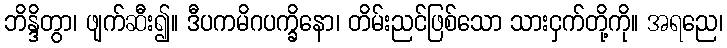
ဘိန္ဒိတွာ၊ ဖျက်ဆီး၍။ ဒီပကမိဂပက္ခိနော၊ တိမ်းညင်ဖြစ်သော သားငှက်တို့ကို။ အရညေ၊